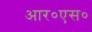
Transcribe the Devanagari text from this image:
आर०एस०